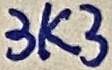
Text: 3K3